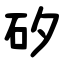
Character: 矽